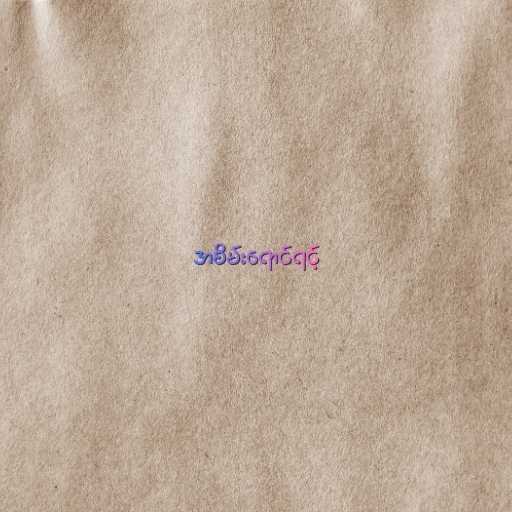
အစိမ်းရောင်ရင့်